65_HS1-834228961_62-HQ-83894_Section_1
Agency: FBI
Page 73
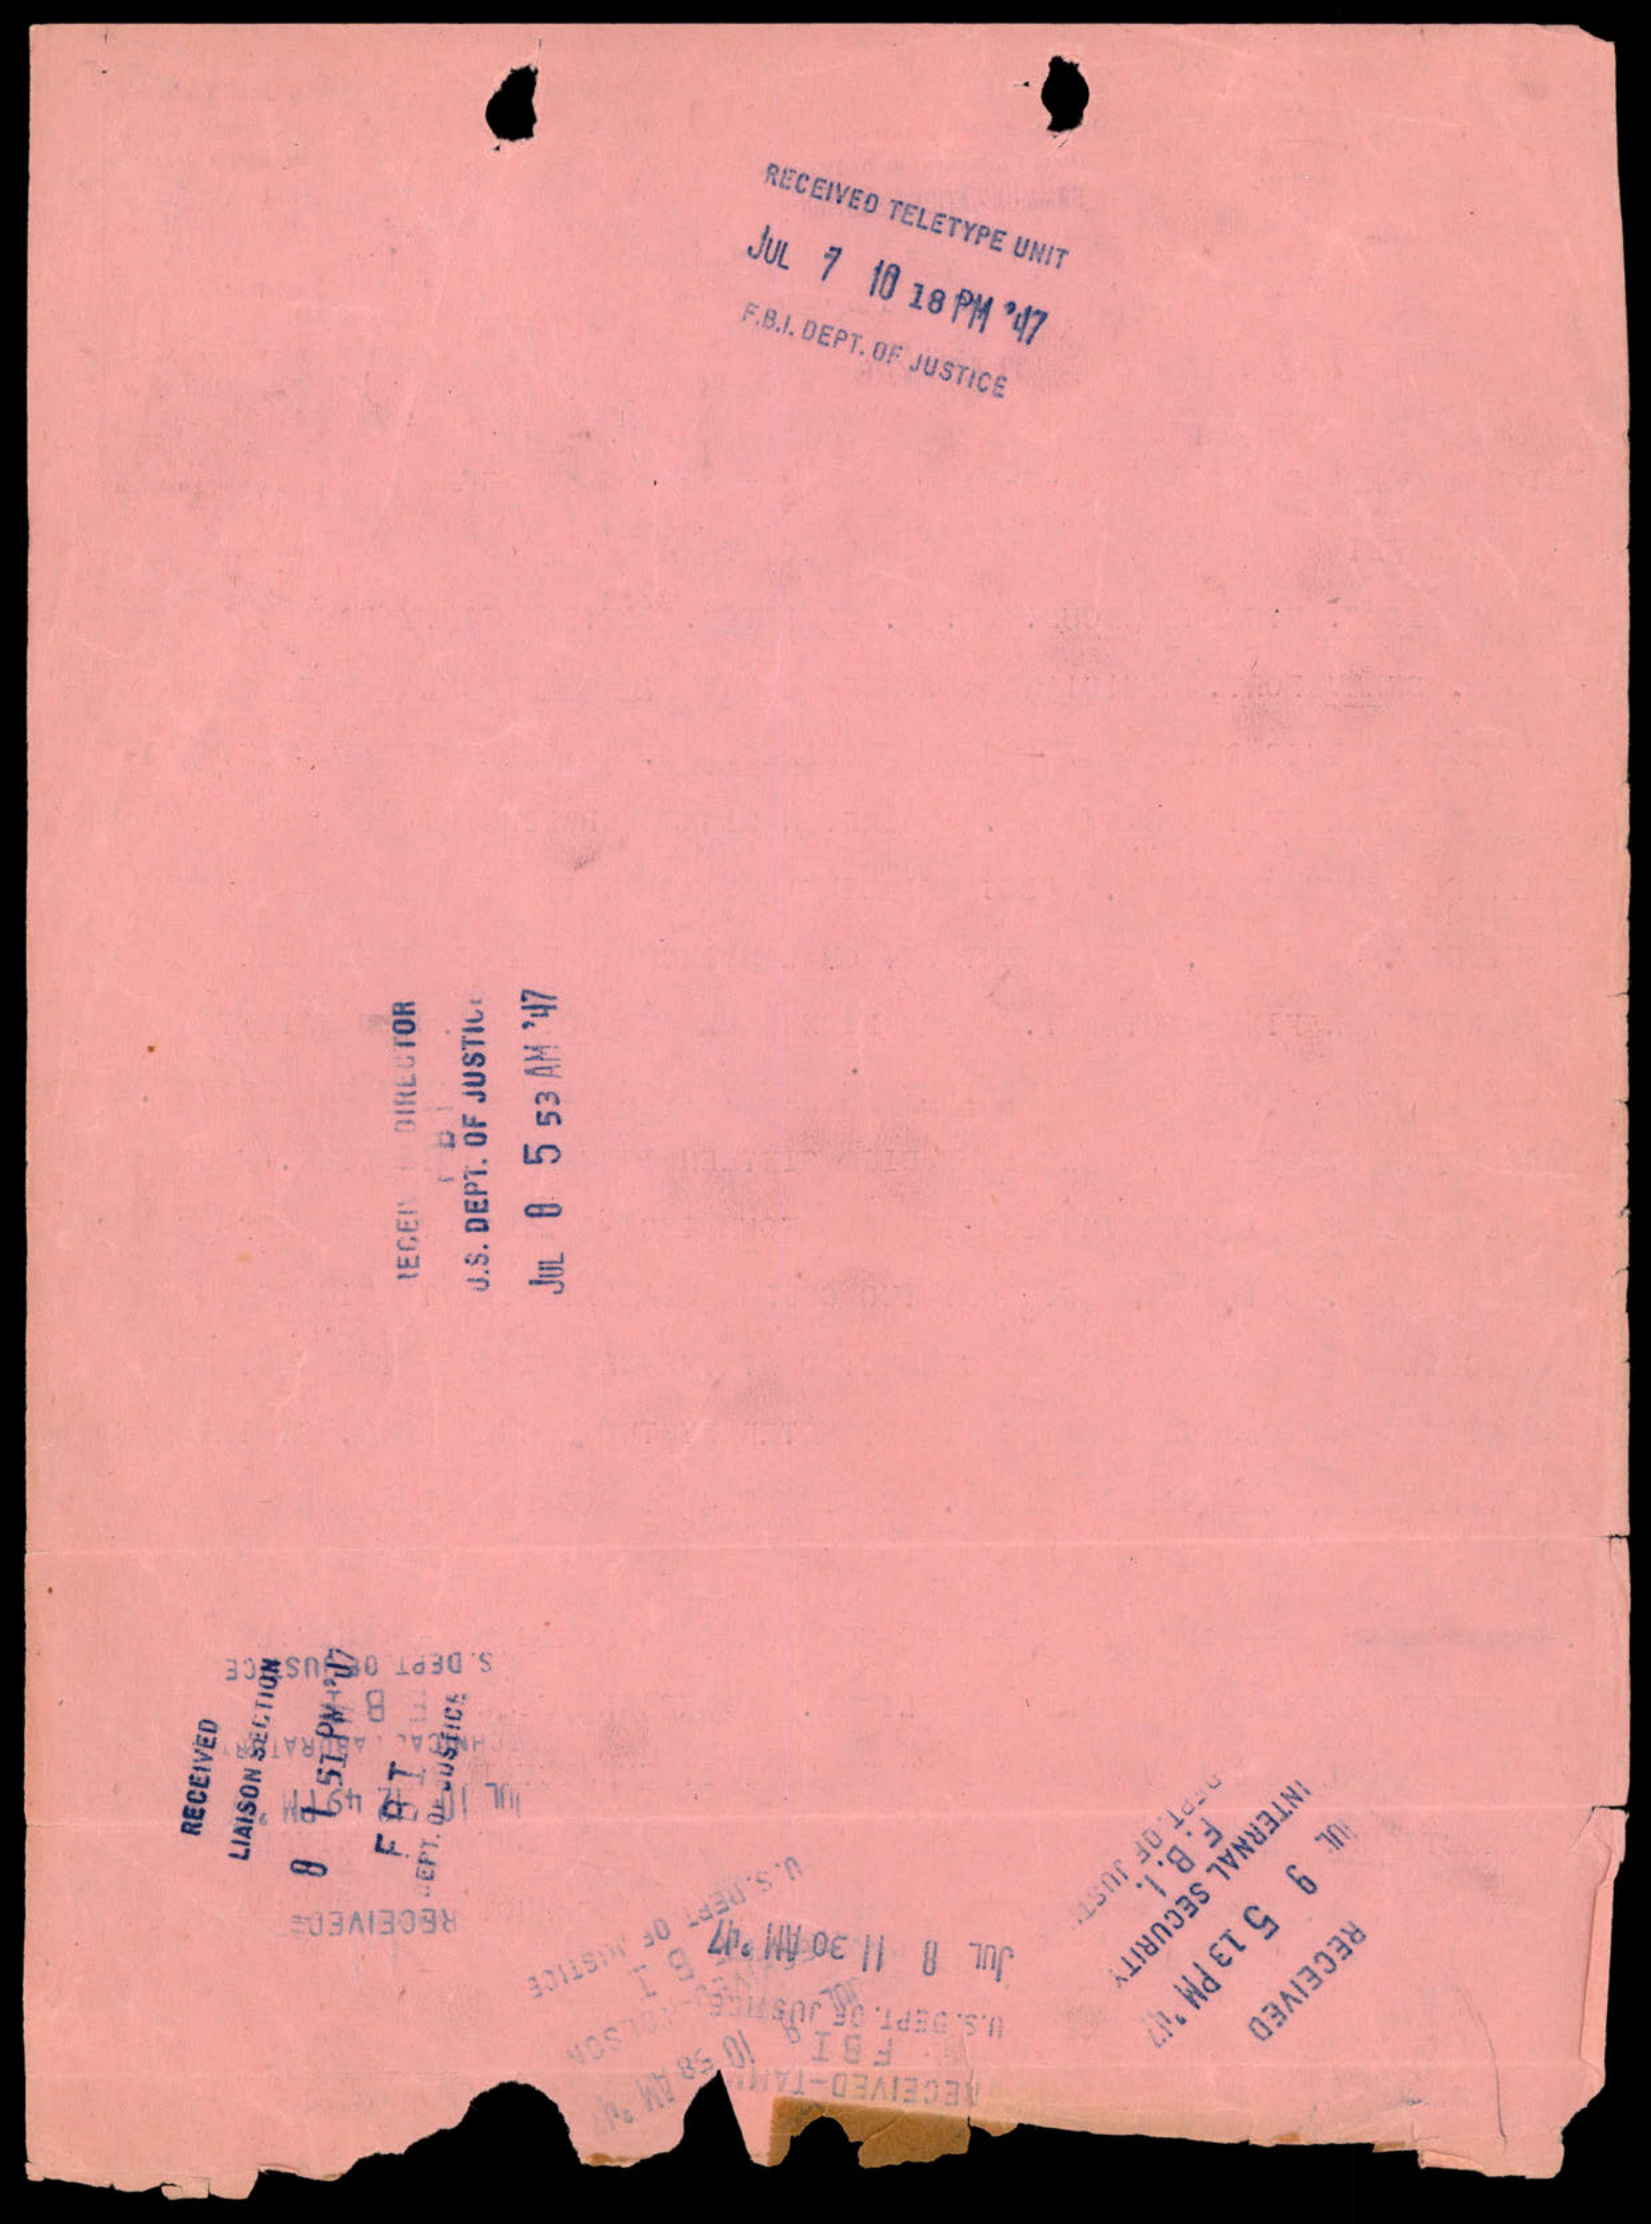